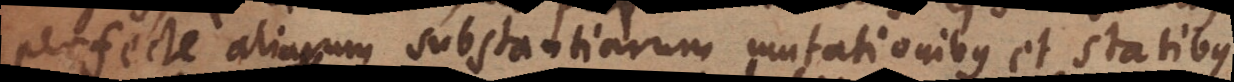
perfecte aliarum substantiarum mutationibus et statibus